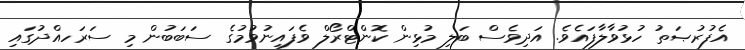
އެފުރުޞަތު ހުޅުވާލާފައެވެ. އަދިވެސް ބަލި މުޅިން ކޮންޓްރޯލް ވެފައިނުވުމުގެ ސަބަބުން މި ސަރަހއްދުގައި